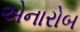
એનારોબ